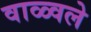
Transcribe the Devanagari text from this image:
वाळ्वले